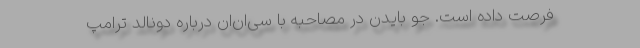
فرصت داده است. جو بایدن در مصاحبه با سی‌ان‌ان درباره دونالد ترامپ